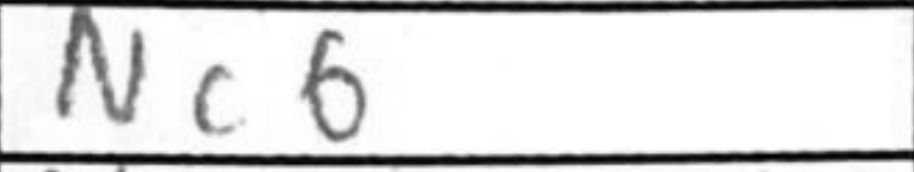
Transcription: Nc6